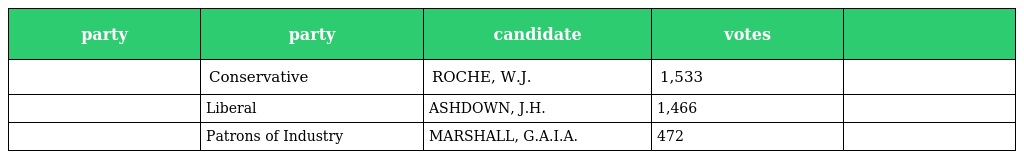
| party | party | candidate | votes |  |
 | --- | --- | --- | --- | --- |
 |  | Conservative | ROCHE, W.J. | 1,533 |  |
 |  | Liberal | ASHDOWN, J.H. | 1,466 |  |
 |  | Patrons of Industry | MARSHALL, G.A.I.A. | 472 |  |